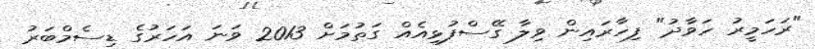
"ރަހަމީރު ހަވާދު" ފިހާރައިން ވިލާ ގޭސްފުޅިއެއް ގަތުމަށް 2013 ވަނަ އަހަރުގެ ޑިސެމްބަރު